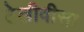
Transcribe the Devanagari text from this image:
टेलीवीसा